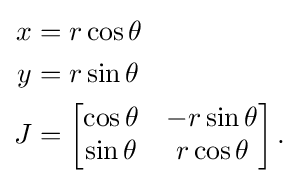
{\begin{aligned}x&=r\cos \theta \\y&=r\sin \theta \\J&={\begin{bmatrix}\cos \theta &-r\sin \theta \\\sin \theta &r\cos \theta \end{bmatrix}}\,.\end{aligned}}